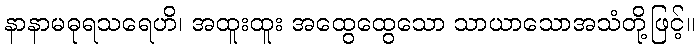
နာနာမဓုရသရေဟိ၊ အထူးထူး အထွေထွေသော သာယာသောအသံတို့ဖြင့်။